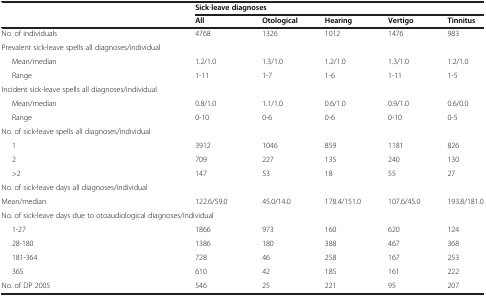
|  | <COLSPAN=5> Sick-leave diagnoses |
 |  | All | Otological | Hearing | Vertigo | Tinnitus |
 | --- | --- | --- | --- | --- | --- |
 | No. of individuals | 4768 | 1326 | 1012 | 1476 | 983 |
 | Prevalent sick-leave spells all diagnoses/individual |  |  |  |  |  |
 | Mean/median | 1.2/1.0 | 1.3/1.0 | 1.2/1.0 | 1.3/1.0 | 1.2/1.0 |
 | Range | 1-11 | 1-7 | 1-6 | 1-11 | 1-5 |
 | Incident sick-leave spells all diagnoses/individual |  |  |  |  |  |
 | Mean/median | 0.8/1.0 | 1.1/1.0 | 0.6/1.0 | 0.9/1.0 | 0.6/0.0 |
 | Range | 0-10 | 0-6 | 0-6 | 0-10 | 0-5 |
 | No. of sick-leave spells all diagnoses/individual |  |  |  |  |  |
 | 1 | 3912 | 1046 | 859 | 1181 | 826 |
 | 2 | 709 | 227 | 135 | 240 | 130 |
 | >2 | 147 | 53 | 18 | 55 | 27 |
 | No. of sick-leave days all diagnoses/individual | <ROWSPAN=2> 122.6/59.0 | <ROWSPAN=2> 45.0/14.0 | <ROWSPAN=2> 178.4/151.0 | <ROWSPAN=2> 107.6/45.0 | <ROWSPAN=2> 193.8/181.0 |
 | Mean/median |
 | <COLSPAN=2> No. of sick-leave days due to otoaudiological diagnoses/individual |  |  |  |  |
 | 1-27 | 1866 | 973 | 160 | 620 | 124 |
 | 28-180 | 1386 | 180 | 388 | 467 | 368 |
 | 181-364 | 728 | 46 | 258 | 167 | 253 |
 | 365 | 610 | 42 | 185 | 161 | 222 |
 | No. of DP 2005 | 546 | 25 | 221 | 95 | 207 |